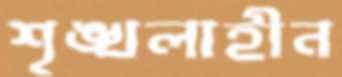
শৃঙ্খলাহীন